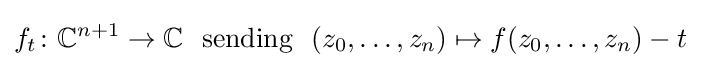
f_{t}\colon \mathbb {C} ^{n+1}\to \mathbb {C} \ {\text{ sending }}\ (z_{0},\ldots ,z_{n})\mapsto f(z_{0},\ldots ,z_{n})-t